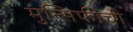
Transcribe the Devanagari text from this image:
मुन्सिफीची